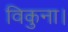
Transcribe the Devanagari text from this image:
विकुना।